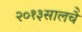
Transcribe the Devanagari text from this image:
२०१३सालचेे